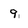
Character: 9